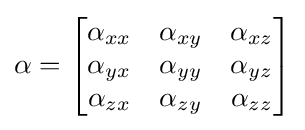
\mathbb {\alpha } ={\begin{bmatrix}\alpha _{xx}&\alpha _{xy}&\alpha _{xz}\\\alpha _{yx}&\alpha _{yy}&\alpha _{yz}\\\alpha _{zx}&\alpha _{zy}&\alpha _{zz}\\\end{bmatrix}}